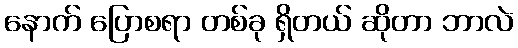
နောက် ပြောစရာ တစ်ခု ရှိတယ် ဆိုတာ ဘာလဲ